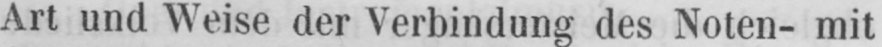
Art und Weise der Verbindung des Noten- mit